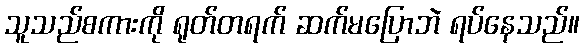
သူသည်စကားကို ရုတ်တရက် ဆက်မပြောဘဲ ရပ်နေသည်။